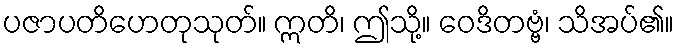
ပဇာပတိဟေတုသုတ်။ ဣတိ၊ ဤသို့။ ဝေဒိတဗ္ဗံ၊ သိအပ်၏။